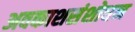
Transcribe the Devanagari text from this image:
अवकाशसंशोधन